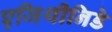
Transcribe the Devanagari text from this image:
एजिथीनिडे